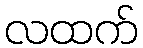
လထက်